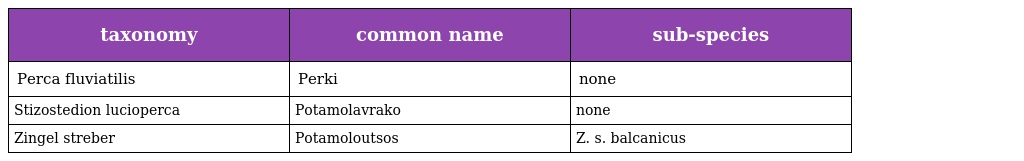
| taxonomy | common name | sub-species |
 | --- | --- | --- |
 | Perca fluviatilis | Perki | none |
 | Stizostedion lucioperca | Potamolavrako | none |
 | Zingel streber | Potamoloutsos | Z. s. balcanicus |